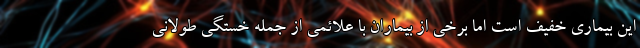
این بیماری خفیف است اما برخی از بیماران با علائمی از جمله خستگی طولانی